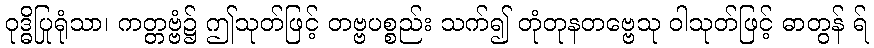
ဝုဒ္ဓိပြုရုံသာ၊ ကတ္တဗ္ဗံ၌ ဤသုတ်ဖြင့် တဗ္ဗပစ္စည်း သက်၍ တုံတုနတဗ္ဗေသု ဝါသုတ်ဖြင့် ဓာတွန် ရ်